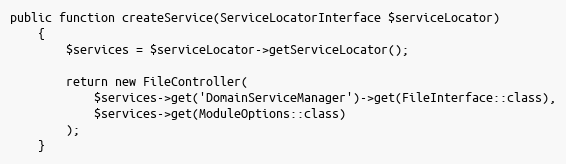
Language: PHP
public function createService(ServiceLocatorInterface $serviceLocator)
    {
        $services = $serviceLocator->getServiceLocator();

        return new FileController(
            $services->get('DomainServiceManager')->get(FileInterface::class),
            $services->get(ModuleOptions::class)
        );
    }